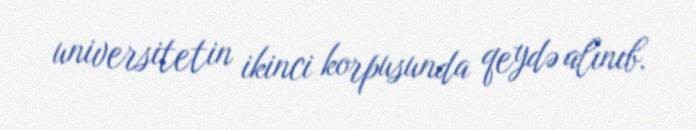
universitetin ikinci korpusunda qeydə alınıb.